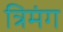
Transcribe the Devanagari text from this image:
त्रिमंग